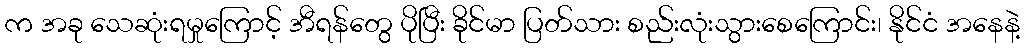
က အခု သေဆုံးရမှုကြောင့် အီရန်တွေ ပိုပြီး ခိုင်မာ ပြတ်သား စည်းလုံးသွားစေကြောင်း၊ နိုင်ငံ အနေနဲ့